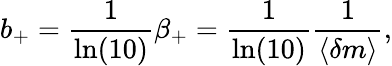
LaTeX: b_{+}=\frac{1}{\ln(10)}\beta_{+}=\frac{1}{\ln(10)}\frac{1}{\langle\delta m\rangle},